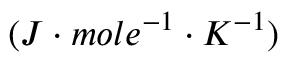
( J \cdot m o l e ^ { - 1 } \cdot K ^ { - 1 } )